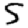
Digit: 5